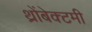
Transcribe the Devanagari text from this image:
थ्रोंबेक्टमी